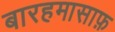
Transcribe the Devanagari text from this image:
बारहमासाफ़